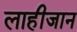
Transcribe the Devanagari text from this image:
लाहीजान